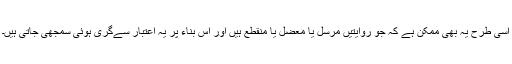
اسی طرح یہ بھی ممکن ہے کہ جو روایتیں مرسل یا معضل یا منقطع ہیں اور اس بناء پر یہ اعتبار سےؔگری ہوئی سمجھی جاتی ہیں۔